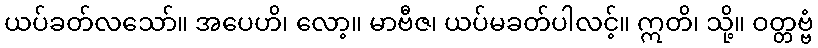
ယပ်ခတ်လသော်။ အပေဟိ၊ လော့။ မာဗီဇ၊ ယပ်မခတ်ပါလင့်။ ဣတိ၊ သို့။ ဝတ္တဗ္ဗံ